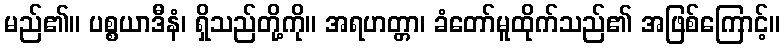
မည်၏။ ပစ္စယာဒီနံ၊ ရှိသည်တို့ကို။ အရဟတ္တာ၊ ခံတော်မူထိုက်သည်၏ အဖြစ်ကြောင့်။